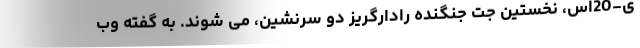
ی-20اس، نخستین جت جنگنده رادارگریز دو سرنشین، می شوند. به گفته وب